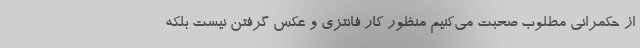
از حکمرانی مطلوب صحبت می‌کنیم منظور کار فانتزی و عکس گرفتن نیست بلکه